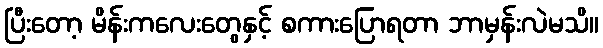
ပြီးတော့ မိန်းကလေးတွေနှင့် စကားပြောရတာ ဘာမှန်းလဲမသိ။